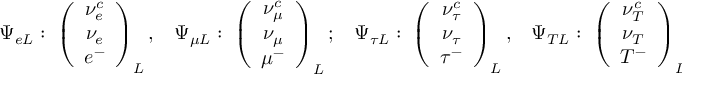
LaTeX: \begin{array} { c c c c } { { \Psi _ { e L } : \; \left( \begin{array} { c } { { \nu _ { e } ^ { c } } } \\ { { \nu _ { e } } } \\ { { e ^ { - } } } \end{array} \right) _ { L } , } } & { { \Psi _ { \mu L } : \; \left( \begin{array} { c } { { \nu _ { \mu } ^ { c } } } \\ { { \nu _ { \mu } } } \\ { { \mu ^ { - } } } \end{array} \right) _ { L } ; } } & { { \Psi _ { \tau L } : \; \left( \begin{array} { c } { { \nu _ { \tau } ^ { c } } } \\ { { \nu _ { \tau } } } \\ { { \tau ^ { - } } } \end{array} \right) _ { L } , } } & { { \Psi _ { T L } : \; \left( \begin{array} { c } { { \nu _ { T } ^ { c } } } \\ { { \nu _ { T } } } \\ { { T ^ { - } } } \end{array} \right) _ { L } , } } \end{array}